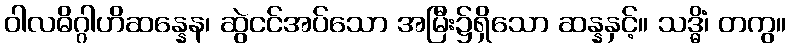
ဝါလဓိဂ္ဂါဟိဆန္နေန၊ ဆွဲငင်အပ်သော အမြီး၌ရှိသော ဆန္နနှင့်။ သဒ္ဓိံ၊ တကွ။